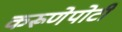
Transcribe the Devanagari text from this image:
करूणेपोटी